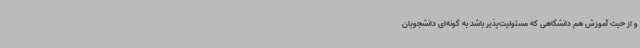
و از حیث آموزش هم دانشگاهی که مسئولیت‌پذیر باشد به گونه‌ای دانشجویان